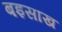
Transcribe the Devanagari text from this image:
बइसाख